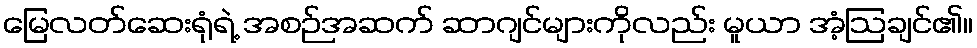
မြေလတ်ဆေးရုံရဲ့ အစဉ်အဆက် ဆာဂျင်များကိုလည်း မူယာ အံ့ဩချင်၏။